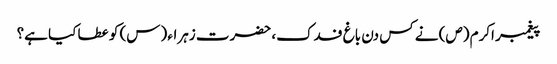
پیغمبر اکرم (ص) نے کس دن باغ فدک، حضرت زہراء (س) کو عطا کیا ہے؟